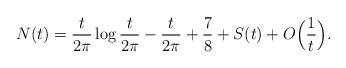
LaTeX: \begin{align*}N(t) = \frac{t}{2\pi} \log \frac{t}{2\pi} - \frac{t}{2\pi} +\frac{7}{8} + S(t) + O\Big(\frac{1}{t}\Big).\end{align*}